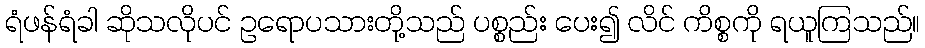
ရံဖန်ရံခါ ဆိုသလိုပင် ဥရောပသားတို့သည် ပစ္စည်း ပေး၍ လိင် ကိစ္စကို ရယူကြသည်။